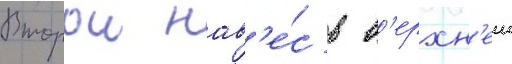
Второи нав'е́с в в'ерхн'еи